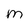
Character: m